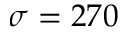
\sigma = 2 7 0